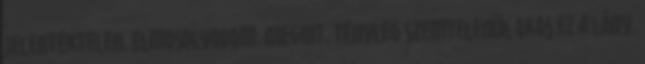
Jelentéktelen. Elmosolyodom. Megint. Tényleg szemtelenül okos ez a lány.